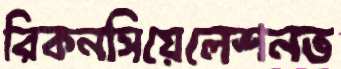
রিকনসিয়েলেশনভ